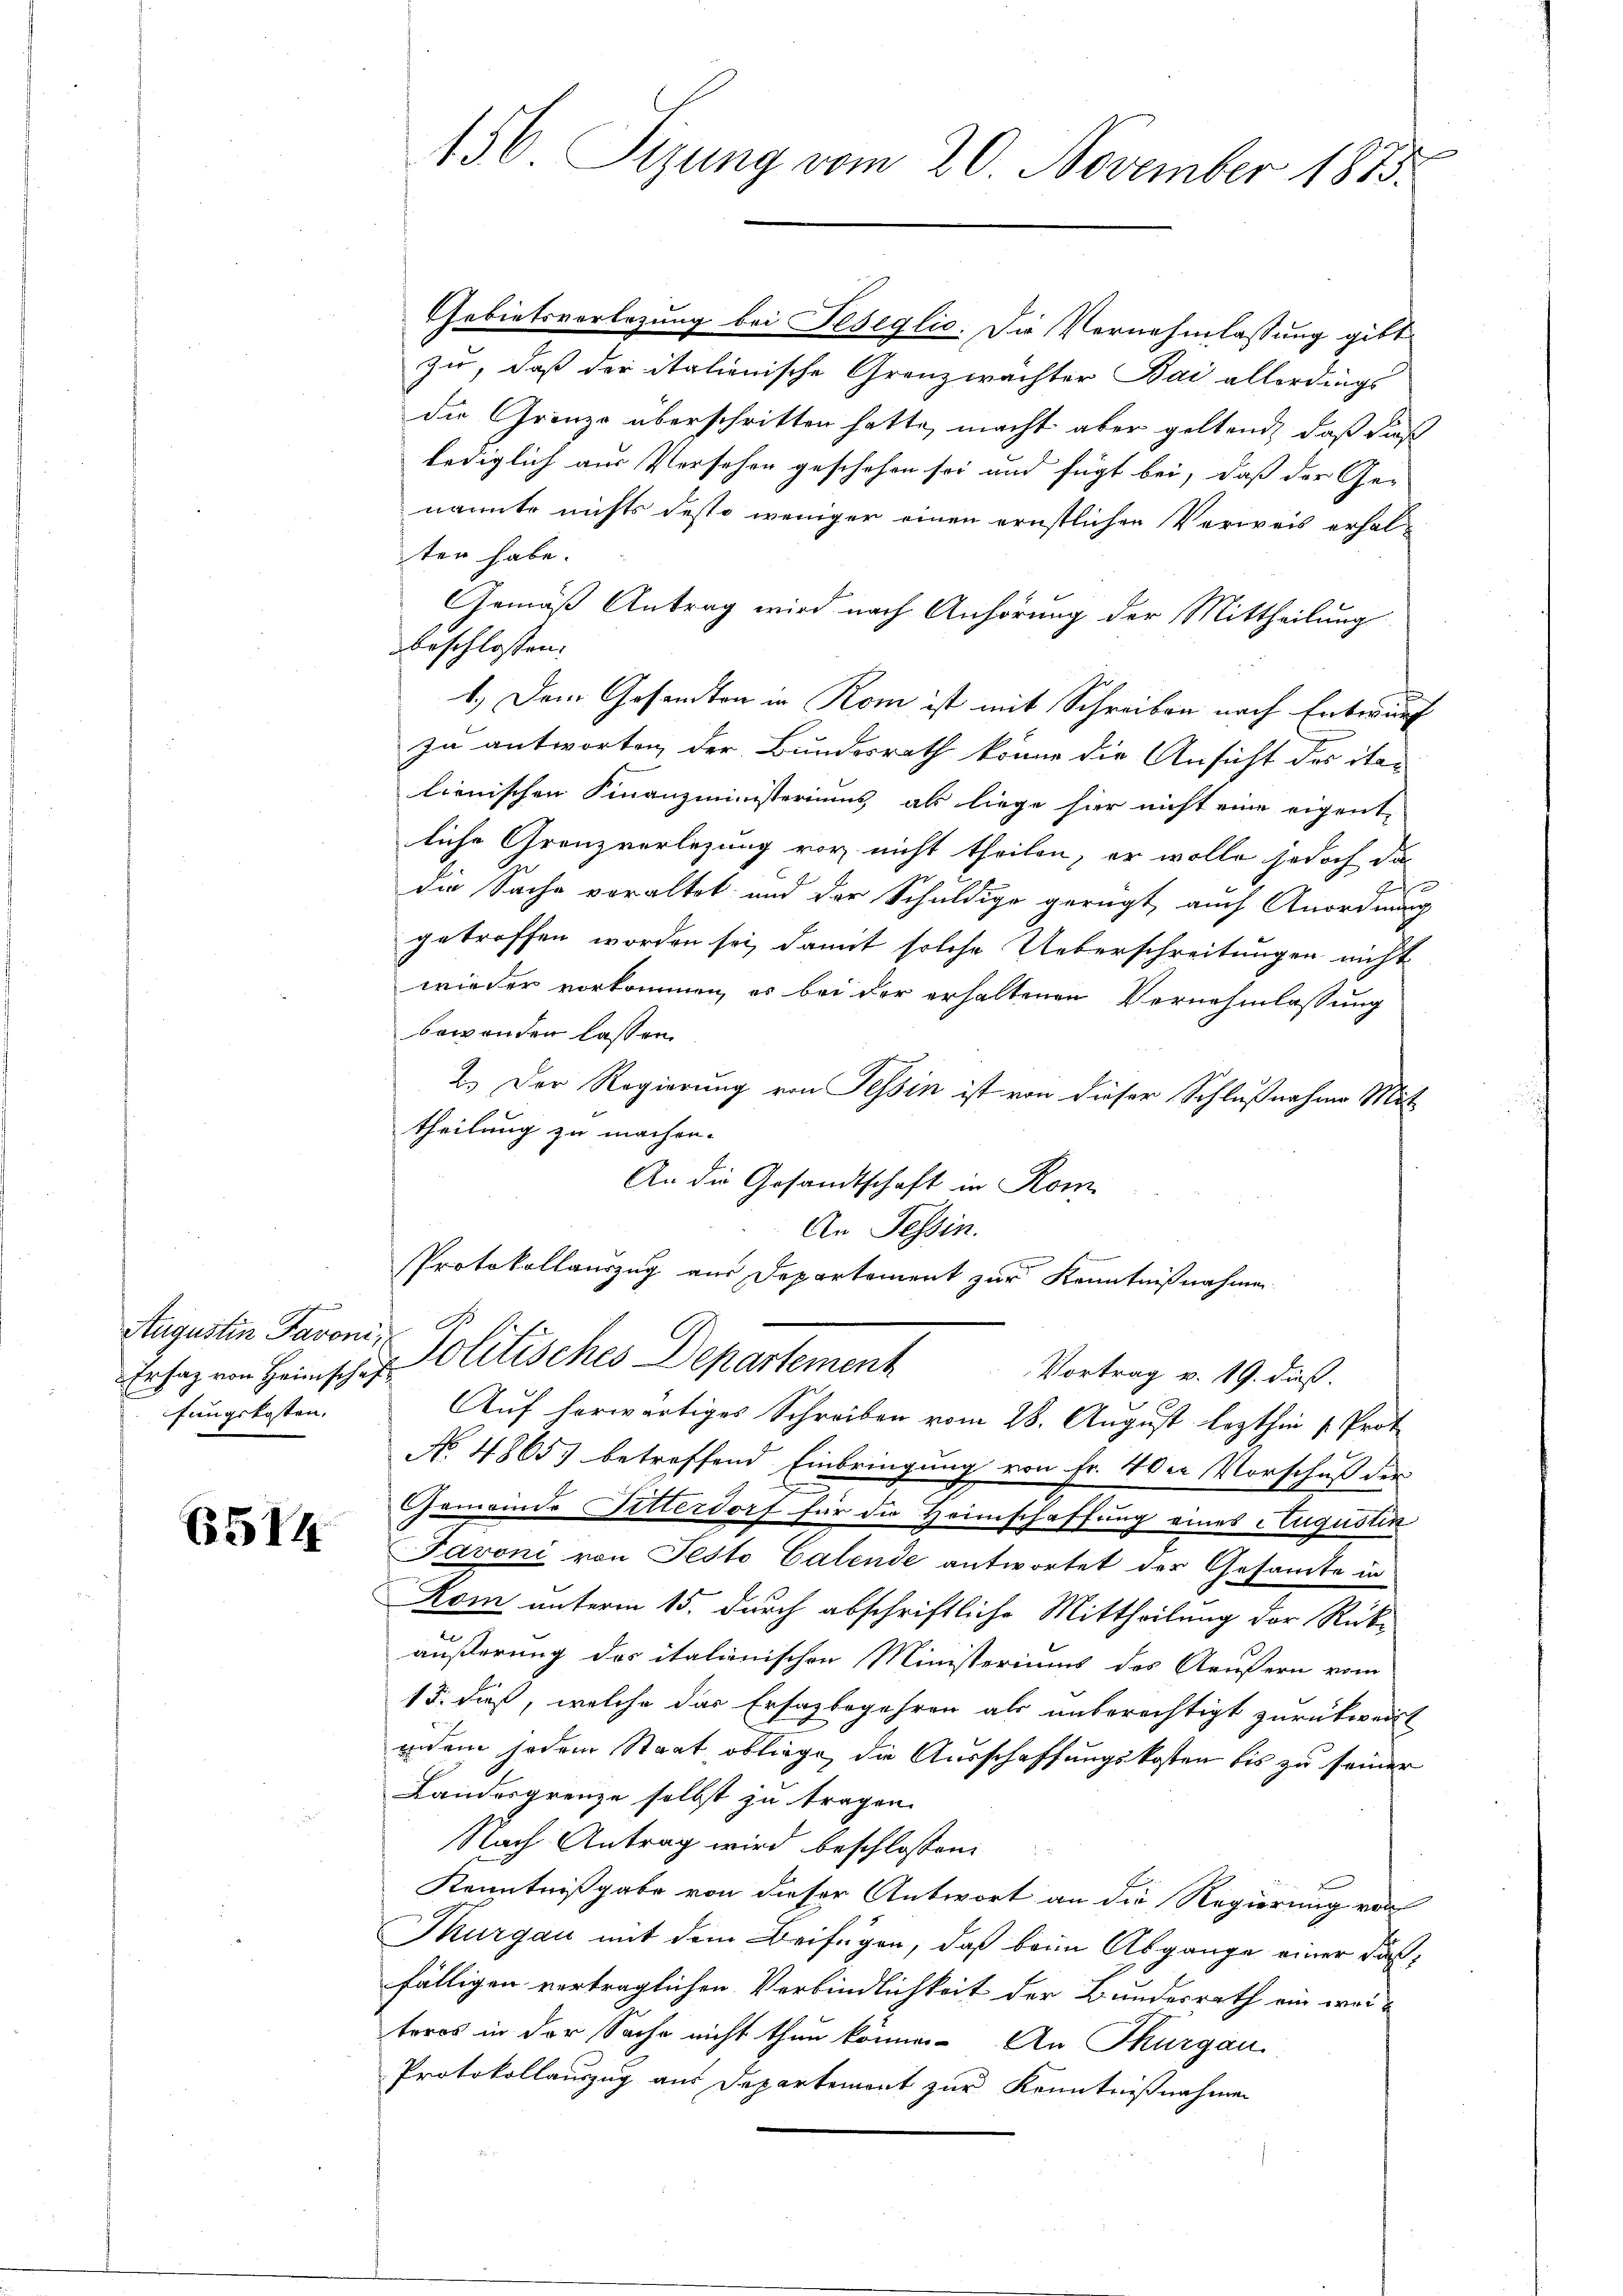
Augustin Favoni
fungskosten.

6514

156. Sizung vom 20. November 1873.

Gebietsverlesung bei Feseglic. Die Vernehmlassung gibt
zu, daß der italienische Grenzwachter Bai allerdings
die Grenze überschritten hatte, macht aber geltend, daß dieß
lediglich aus Versehen geschehen sei und fügt bei, daß der Ge-
nannte nichts desto weniger einen ernstlichen Verweis erhal-
ten habe.
Gemäß Antrag wird nach Anhörung der Mittheilung
beschlossen:
1.) Dem Gesandten in Rom ist mit Schreiben nach Entwurf
zu antworten der Bundesrath könne die Ansicht des ita-
lienischen Finanzministeriums als liege hier nicht eine eigent-
liche Grenzverlegung vor nicht theilen, er wolle jedoch das
die Sache veraltet und der Schuldige gerügt, auch Anordnung
getroffen worden sei, damit solche Ueberschreitungen nicht
wieder vorkommen, es bei der erhaltenen Vernehmlassung
bewenden lassen.
2.) Der Regierung von Tessin ist von dieser Schlußnahme Mittheilung zu machen.
An die Gesandtschaft in Rom
An Tessin.
n
PProtokollauszug aus Departement zur Kenntnißnahmen.
Ersaz von Heimschef Politisches Departement
Vortrag v. 19. dieß.
Auf herwärtiges Schreiben vom 28. August lezthin 1. Prot
No. 4865) betreffend Einbringung von Fr. 4 der Vorschuß der
Gemeinde Titterdorf für die Heimschaffung eines Augustin
Javoni von Pesto Calende antwortet der Gesamte in
Kom unterm 15. durch abschriftliche Mittheilung der Rückäußerung des italienischen Ministeriums des Aeußern vom
15. dieß, welche das Ersazbegehren als unberechtigt zurückweist
iindem jedem Staat obliege, die Ausschaffungskosten bis zu seiner
Landesgrenze selbst zu tragen.
Nach Antrag wird beschlossen:
Kenntnißgabe von dieser Antwort an die Regierung von
Thurgau mit dem Beifügen, daß beim Abgange einer darfälligen verträglichen Verbindlichkeit der Bundesrath ein weiteros in der Sache nicht thun können. An Thurgau
Protokollauszug aus Departemont zur Kenntnißnahmen